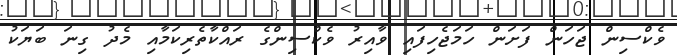
ވެކްސިން ޖަހަން ފަށަން ހަމަޖެހިފައި ވާއިރު ވެކްސިންގެ ރައްކާތެރިކަމާއި މެދު ގިނަ ބަޔަކު